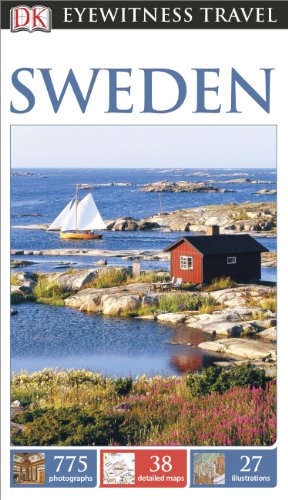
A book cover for DK Eyewitness Travel Guide: Sweden; DK Publishing; Travel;